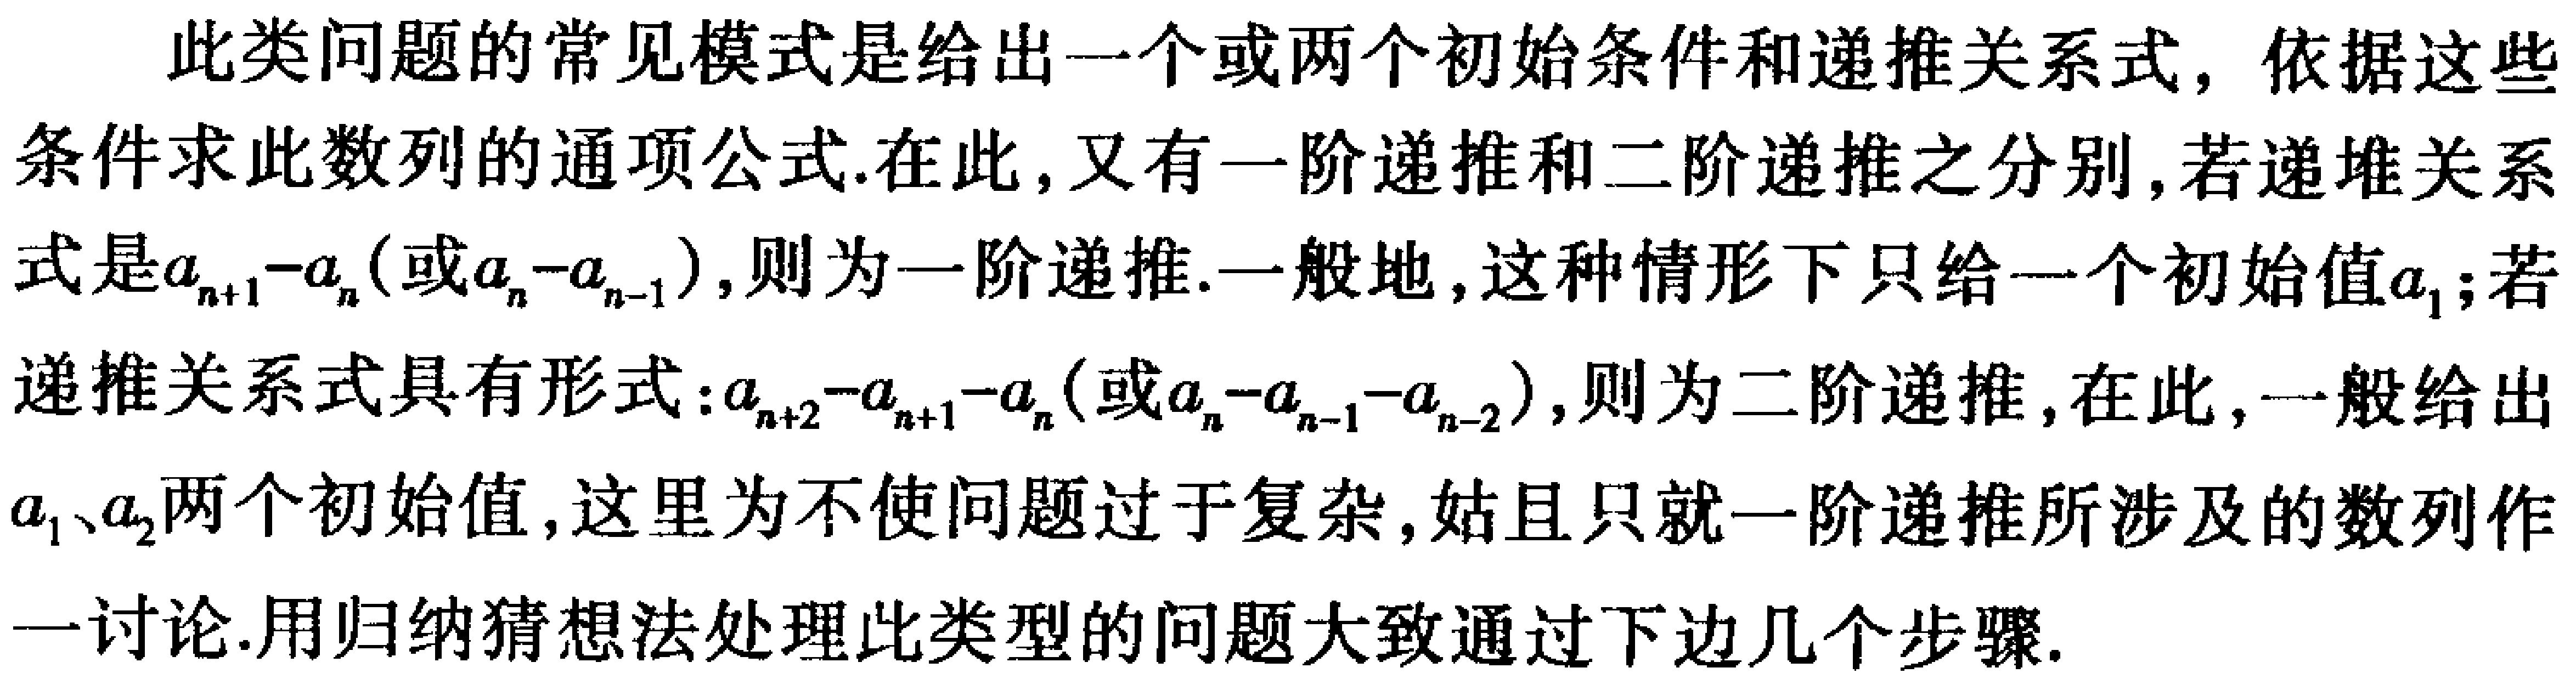
此类问题的常见模式是给出一个或两个初始条件和递推关系式，依据这些条件求此数列的通项公式.在此，又有一阶递推和二阶递推之分别，若递堆关系式是\(a_{n + 1}-a_{n}\)（或\(a_{n}-a_{n - 1}\)），则为一阶递推.一般地，这种情形下只给一个初始值\(a_{1}\)；若递推关系式具有形式：\(a_{n + 2}-a_{n + 1}-a_{n}\)（或\(a_{n}-a_{n - 1}-a_{n - 2}\)），则为二阶递推，在此，一般给出\(a_{1}\)、\(a_{2}\)两个初始值，这里为不使问题过于复杂，姑且只就一阶递推所涉及的数列作一讨论.用归纳猜想法处理此类型的问题大致通过下边几个步骤.